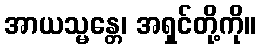
အာယသ္မန္တေ၊ အရှင်တို့ကို။